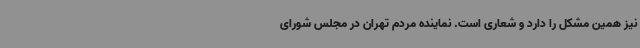
نیز همین مشکل را دارد و شعاری است. نماینده مردم تهران در مجلس شورای